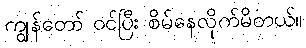
ကျွန်တော် ဝင်ပြီး စိမ်နေလိုက်မိတယ်။